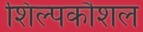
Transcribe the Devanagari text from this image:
शिल्पकौशल